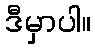
ဒီမှာပါ။